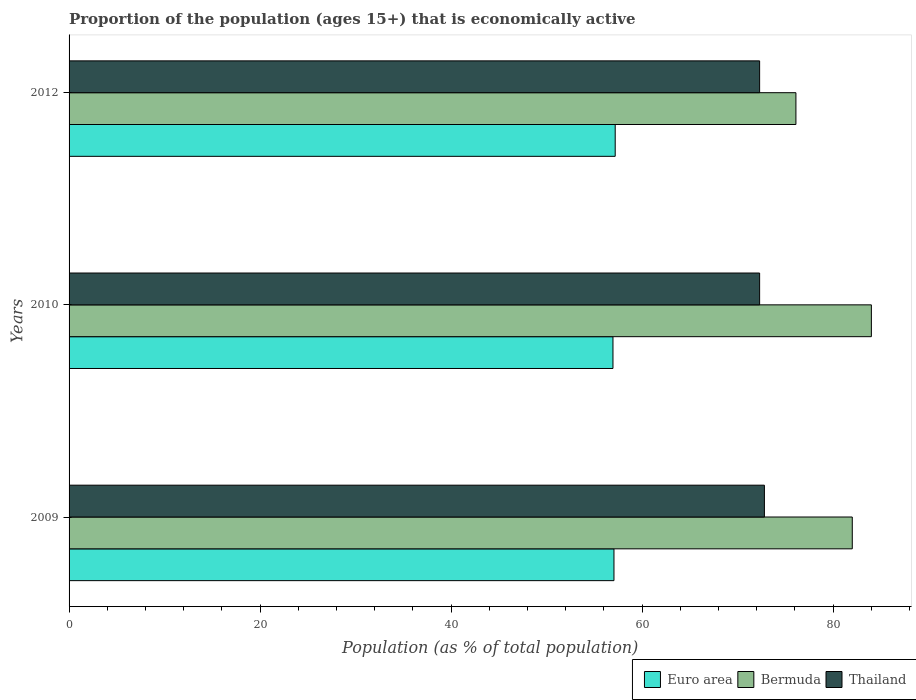
| Years | Euro area | Bermuda | Thailand |
 | --- | --- | --- | --- |
 | 2009 | 57.1 | 82 | 72.8 |
 | 2010 | 56.9 | 84 | 72.3 |
 | 2012 | 57.2 | 76.1 | 72.3 |